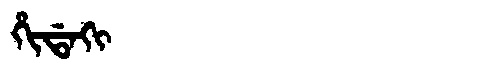
Manchu: ᡥᡳᡩᠠᡴᡳ
Romanization: HIDAKI